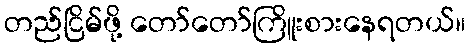
တည်ငြိမ်ဖို့ တော်တော်ကြိူးစားနေရတယ်။